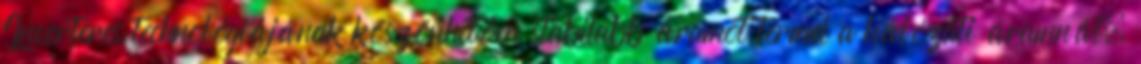
Inverteres technológiájának köszönhetően stabilabb áramot termel a hálózati áramnál.